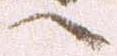
へ